Report of the veterinary officer investigating camel disease
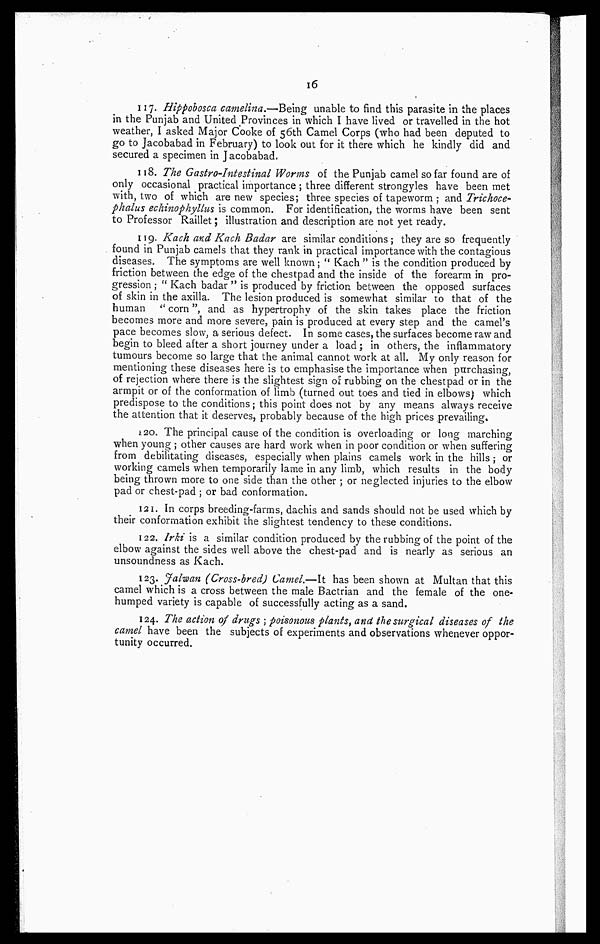
16
117. Hippobosca camelima.—Being unable to find this parasite in the places
in the Punjab and United Provinces in which I have lived or travelled in the hot
weather, I asked Major Cooke of 56th Camel Corps (who had been deputed to
go to Jacobabad in February) to look out for it there which he kindly did and
secured a specimen in Jacobabad.
118. The Gastro-Intestinal Worms of the Punjab camel so far found are of
only occasional practical importance ; three different strongyles have been met
with, two of which are new species; three species of tapeworm ; and Trichoce-
phalus echinophyllus is common. For identification, the worms have been sent
to Professor Raillet; illustration and description are not yet ready.
119. Kach and Rack Badar are similar conditions ; they are so frequently
found in Punjab camels that they rank in practical importance with the contagious
diseases. The symptoms are well known; " Kach " is the condition produced by
friction between the edge of the chestpad and the inside of the forearm in pro-
gression ; " Kach badar " is produced by friction between the opposed surfaces
of skin in the axilla. The lesion produced is somewhat similar to that of the
human " corn", and as hypertrophy of the skin takes place the friction
becomes more and more severe, pain is produced at every step and the camel's
pace becomes slow, a serious defect. In some cases, the surfaces become raw and
begin to bleed after a short journey under a load; in others, the inflammatory
tumours become so large that the animal cannot work at all. My only reason for
mentioning these diseases here is to emphasise the importance when purchasing,
of rejection where there is the slightest sign of rubbing on the chestpad or in the
armpit or of the conformation of limb (turned out toes and tied in elbows) which
predispose to the conditions; this point does not by any means always receive
the attention that it deserves, probably because of the high prices prevailing.
120. The principal cause of the condition is overloading or long marching
when young ; other causes are hard work when in poor condition or when suffering
from debilitating diseases, especially when plains camels work in the hills ; or
working camels when temporarily lame in any limb, which results in the body
being thrown more to one side than the other ; or neglected injuries to the elbow
pad or chest-pad ; or bad conformation.
121. In corps breeding-farms, dachis and sands should not be used which by
their conformation exhibit the slightest tendency to these conditions.
122. Irki is a similar condition produced by the rubbing of the point of the
elbow against the sides well above the chest-pad and is nearly as serious an
unsoundness as Kach.
123. Jalwan (Cross-bred) Camel.—It has been shown at Multan that this
camel which is a cross between the male Bactrian and the female of the one-
humped variety is capable of successfully acting as a sand.
124. The action of drugs ; poisonous plants, and the surgical diseases of the
camel have been the subjects of experiments and observations whenever oppor-
tunity occurred.